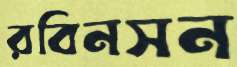
রবিনসন